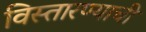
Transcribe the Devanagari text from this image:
विस्तारण्याची